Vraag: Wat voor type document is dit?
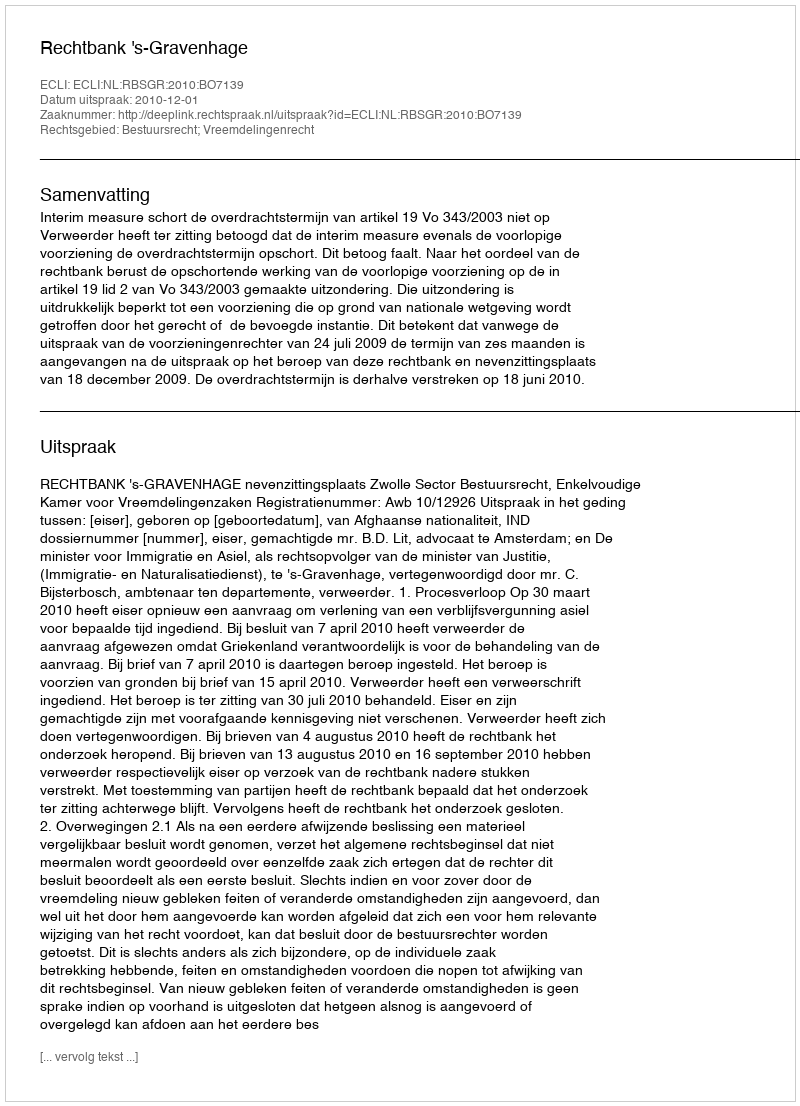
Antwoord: Uitspraak